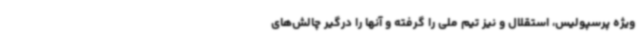
ویژه پرسپولیس، استقلال و نیز تیم ملی را گرفته و آنها را درگیر چالش‌های